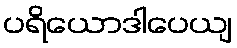
ပရိယောဒါပေယျ